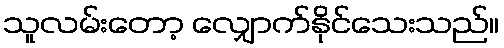
သူလမ်းတော့ လျှောက်နိုင်သေးသည်။